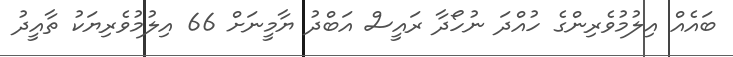
ބައެއް އިލުމުވެރިންގެ ހުއްދަ ނުހޯދާ ރައީސް އަބްދު ޔާމީނަށް 66 އިލުމުވެރިޔަކު ތާއީދު